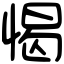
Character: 愒